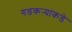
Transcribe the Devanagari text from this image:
गडकऱ्यांकडे